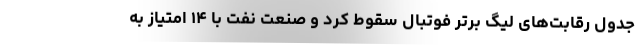
جدول رقابت‌های لیگ برتر فوتبال سقوط کرد و صنعت نفت با ۱۴ امتیاز به